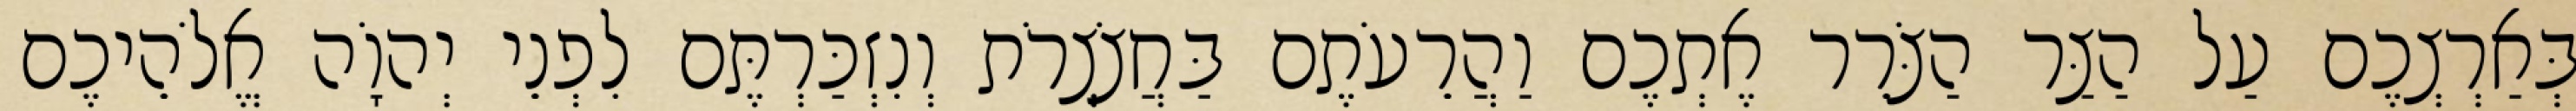
בְּאַרְצְכֶם עַל הַצַּר הַצֹּרֵר אֶתְכֶם וַהֲרֵעֹתֶם בַּחֲצֹצְרֹת וְנִזְכַּרְתֶּם לִפְנֵי יְהוָֹה אֱלֹהֵיכֶם